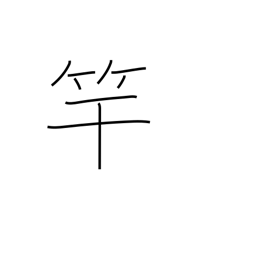
Meaning: violin neck